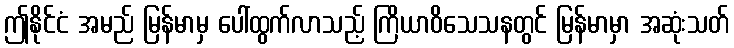
ဤနိုင်ငံ အမည် မြန်မာမှ ပေါ်ထွက်လာသည့် ကြိယာဝိသေသနတွင် မြန်မာမှာ အဆုံးသတ်